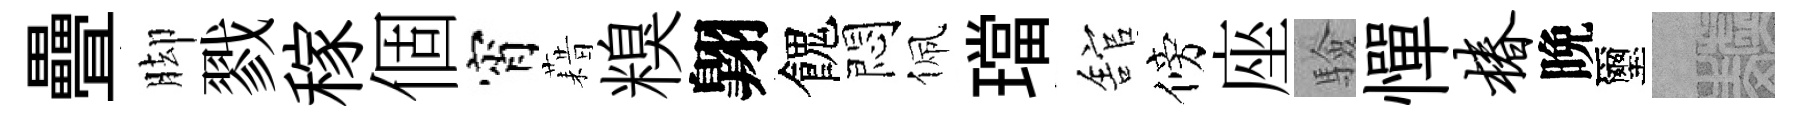
疊脚戮稼個宵藉糗翺餽悶佩璫舘傍座驗憚椿晩璽熙